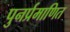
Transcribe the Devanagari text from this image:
पुनर्प्रमाणित